Vaccination in Bombay 1856-1862 - 1856-1862
Year: 1856
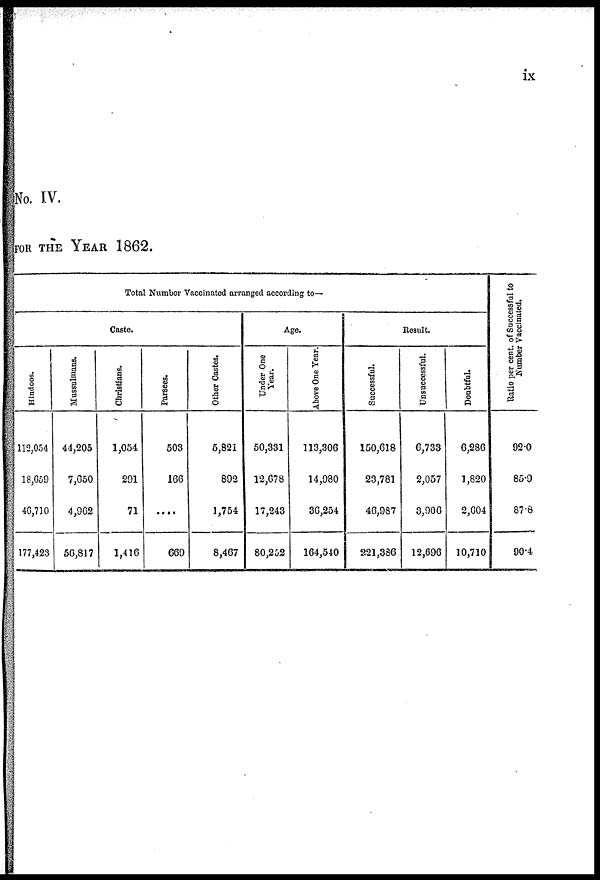
ix
No. IV.
FOR THE YEAR 1862.
Total Number Vaccinated arranged according to—
Caste.
Hindoos.
12,054
18,659
46,710
177,423
Mussulmans.
44,205
7,650
4,962
56,817
Christians.
1,054
291
71
1,416
Parsees.
503
166
....
669
Other Castes.
5,821
892
1,754
8,467
Age.
Under One
Year.
50,331
12,678
17,243
80,252
Above One Year.
113,306
14,980
36,254
164,540
Result.
Successful.
150,618
23,781
46,987
221,386
Unsuccessful.
6,733
2,057
3,906
12,696
Doubtful.
6,286
1,820
2,604
10,710
Ratio per cent. of Successful to
Number Vaccinated.
92.0
85.9
87.8
90.4